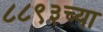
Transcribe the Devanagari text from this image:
८८९३च्या